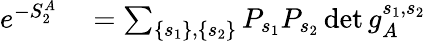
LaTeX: \begin{array}{rl}{e^{-S_{2}^{A}}}&{{}=\sum_{\left\{ s_{1}\right\} ,\left\{ s_{2}\right\} }P_{s_{1}}P_{s_{2}}\operatorname*{det}g_{A}^{s_{1},s_{2}}}\end{array}